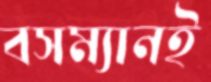
বসম্যানই